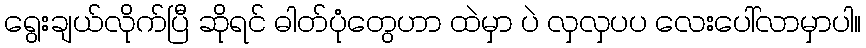
ရွေးချယ်လိုက်ပြီ ဆိုရင် ဓါတ်ပုံတွေဟာ ထဲမှာ ပဲ လှလှပပ လေးပေါ်လာမှာပါ။